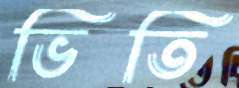
ভিতি